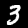
Label: 3